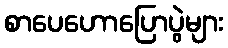
စာပေဟောပြောပွဲများ